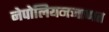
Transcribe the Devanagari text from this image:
नेपोलियनजाणत